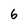
Character: 6